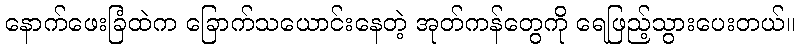
နောက်ဖေးခြံထဲက ခြောက်သယောင်းနေတဲ့ အုတ်ကန်တွေကို ရေဖြည့်သွားပေးတယ်။